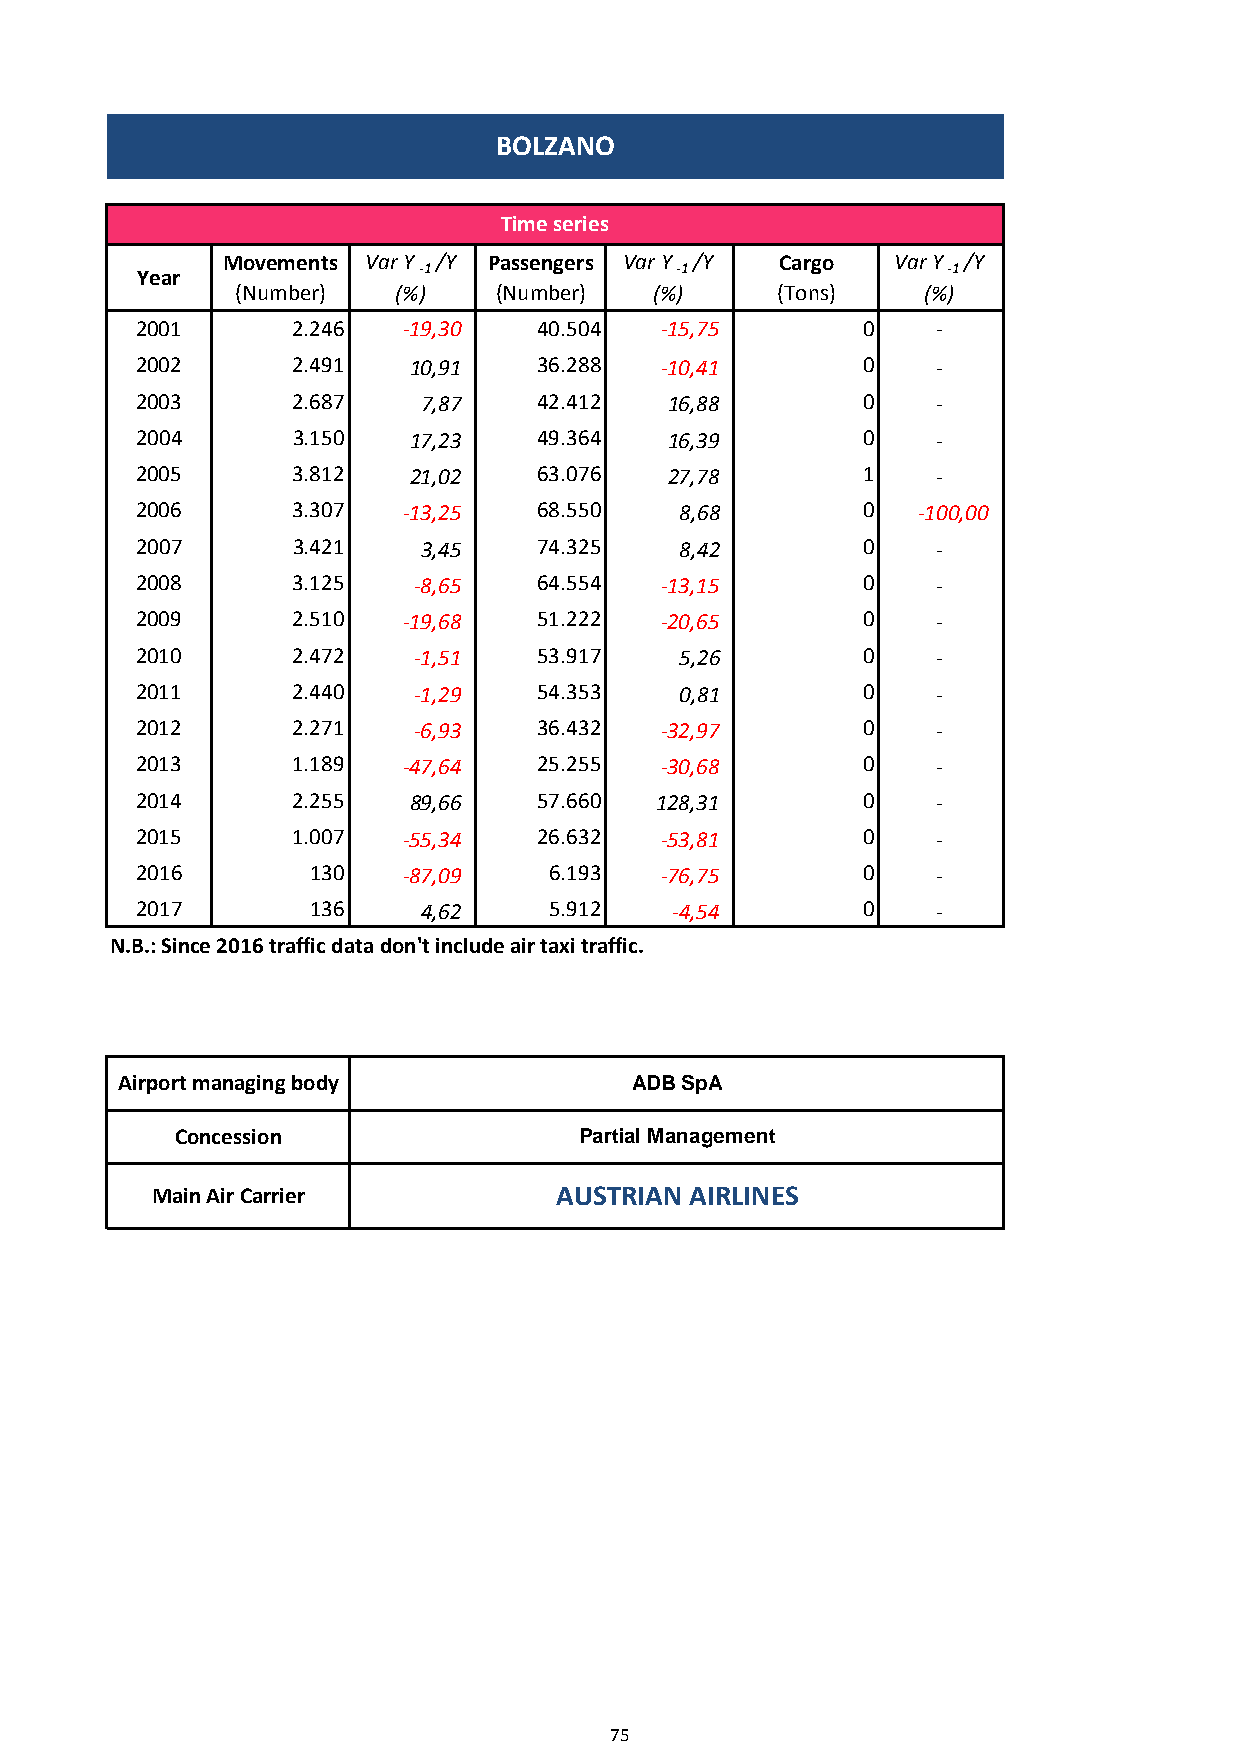
BOLZANO
 Time series
 Movements Var Y /Y Passengers Var Y /Y Cargo Var Y /Y
 Year               -1               -1                -1
 (Number)  (%)    (Number)  (%)     (Tons)    (%)
 2001      2.246   -19,30   40.504  -15,75       0    -
 2002      2.491   10,91    36.288  -10,41       0    -
 2003      2.687    7,87    42.412  16,88        0    -
 2004      3.150   17,23    49.364  16,39        0    -
 2005      3.812   21,02    63.076  27,78        1    -
 2006      3.307   -13,25   68.550   8,68        0   -100,00
 2007      3.421    3,45    74.325   8,42        0    -
 2008      3.125   -8,65    64.554  -13,15       0    -
 2009      2.510   -19,68   51.222  -20,65       0    -
 2010      2.472   -1,51    53.917   5,26        0    -
 2011      2.440   -1,29    54.353   0,81        0    -
 2012      2.271   -6,93    36.432  -32,97       0    -
 2013      1.189   -47,64   25.255  -30,68       0    -
 2014      2.255   89,66    57.660 128,31        0    -
 2015      1.007   -55,34   26.632  -53,81       0    -
 2016        130   -87,09   6.193   -76,75       0    -
 2017        136    4,62    5.912    -4,54       0    -
 N.B.: Since 2016 traffic data don't include air taxi traffic.
 Airport managing body             ADB SpA
 Concession                Partial Management
 Main Air Carrier           AUSTRIAN AIRLINES
 75